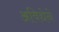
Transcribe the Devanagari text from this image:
अविद्येने